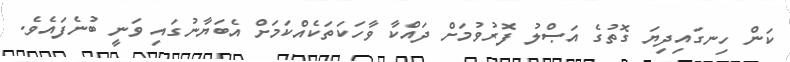
ކަން ހިނގައިދިޔަ ގޮތުގެ އަޞްލު ފޮރުވުމަށް ދައްކާ ވާހަކަތަކެއްކަމަށް އެބަޔާނުގައި ވަނީ ބުނެފައެވެ.